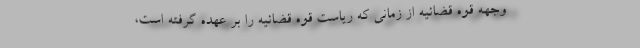
وجهه قوه قضائیه از زمانی که ریاست قوه قضائیه را بر عهده گرفته است،